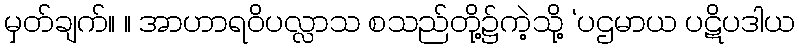
မှတ်ချက်။ ။ အာဟာရဝိပလ္လာသ စသည်တို့၌ကဲ့သို့ ‘ပဌမာယ ပဋိပဒါယ